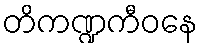
တိကဏ္ဍကီဝနေ